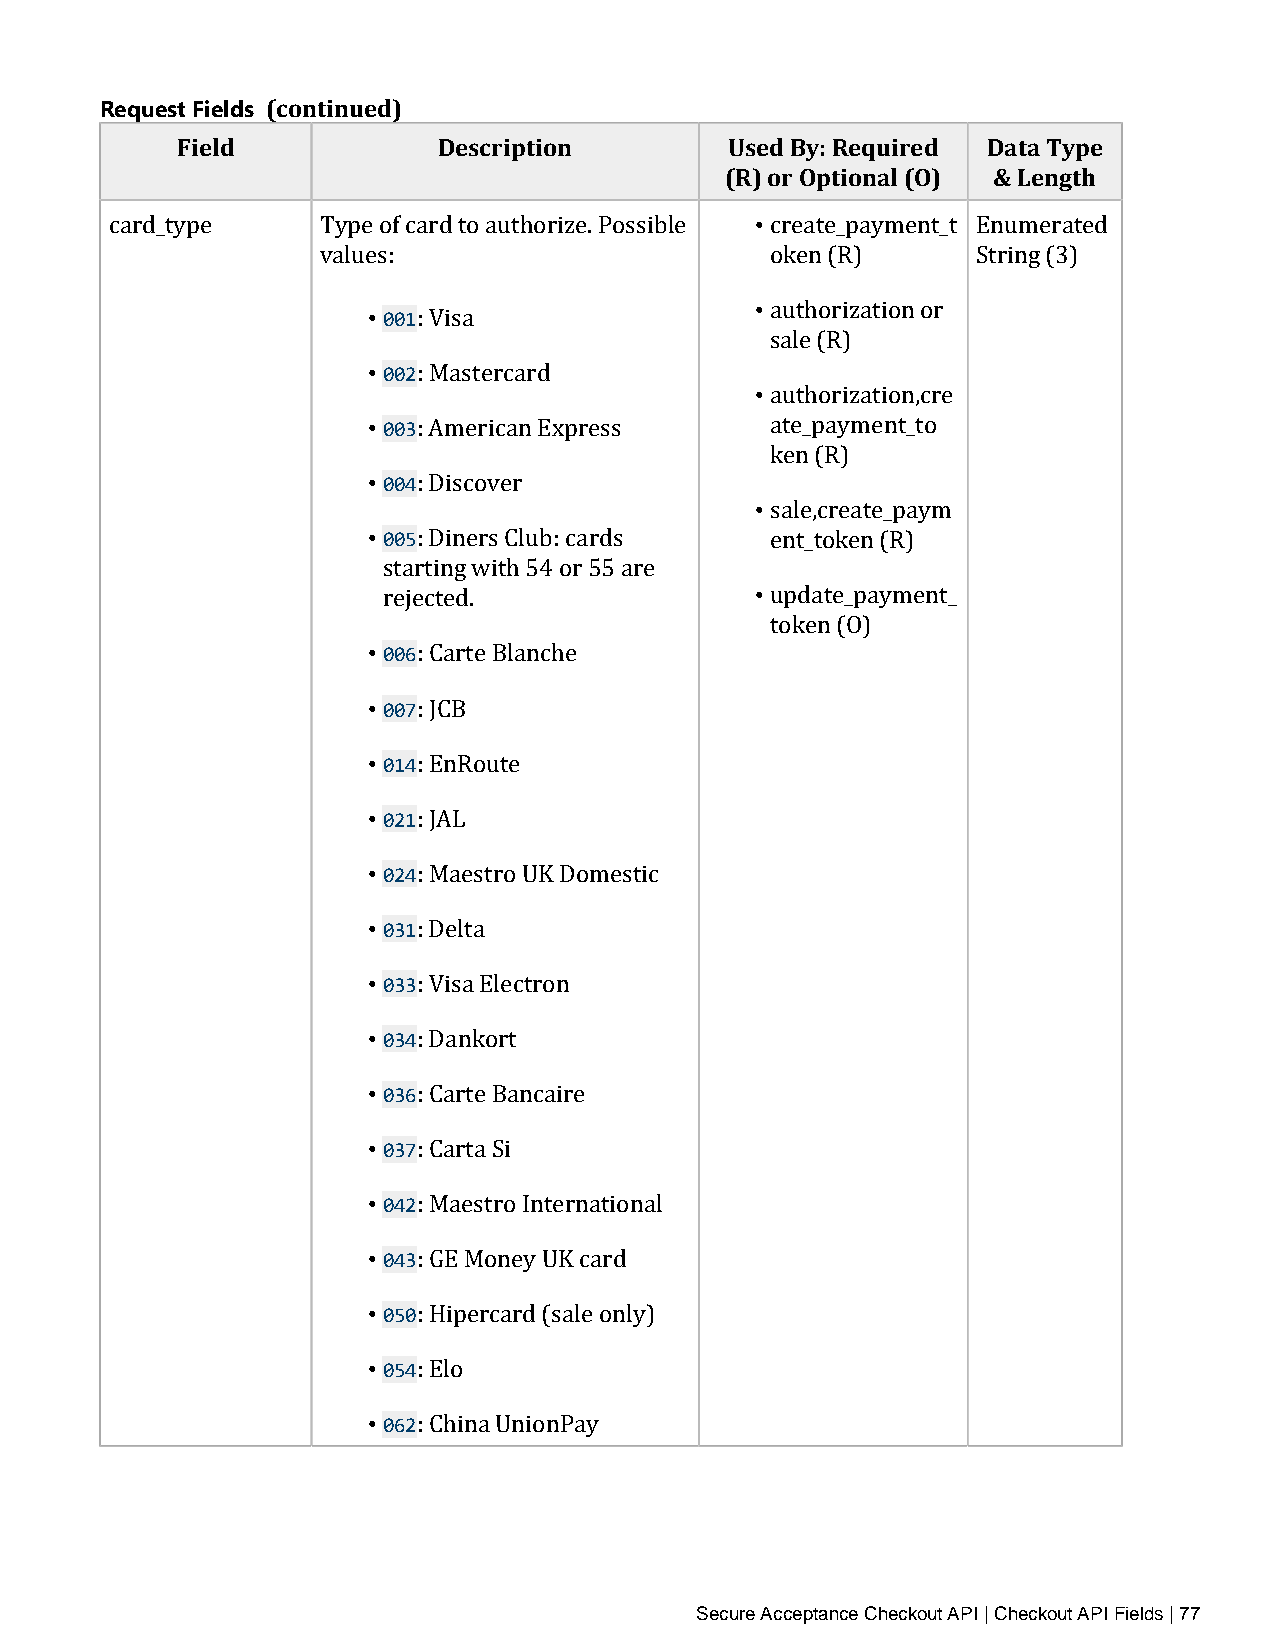
Request Fields (continued)
 Field            Description        Used By: Required Data Type
 (R) or Optional (O) & Length
 •
 card_type     Type of card to authorize. Possible create_payment_t Enumerated
 values:                      • oken (R)     String (3)
 • 001
 authorization or
 • 002: Visa
 • sale (R)
 • 003: Mastercard
 authorization,cre
 • 004: American Express    ate_payment_to
 • ken (R)
 • 005: Discover
 sale,create_paym
 : Diners Club: cards  • ent_token (R)
 starting with 54 or 55 are
 • r0e0j6ected.             update_payment_
 token (O)
 • 007: Carte Blanche
 • 014: JCB
 • 021: EnRoute
 • 024: JAL
 • 031: Maestro UK Domestic
 • 033: Delta
 • 034: Visa Electron
 • 036: Dankort
 • 037: Carte Bancaire
 • 042: Carta Si
 • 043: Maestro International
 • 050: GE Money UK card
 • 054: Hipercard (sale only)
 • 062: Elo
 : China UnionPay
 Secure Acceptance Checkout API | Checkout API Fields | 77